Report on vaccination in the Province of Bengal - 1874-1889
Year: 1874
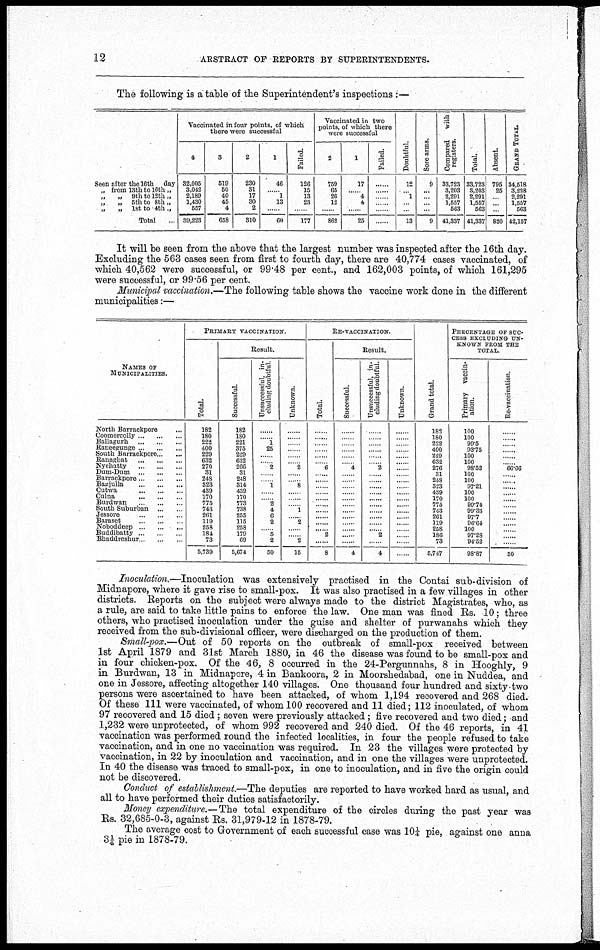
12
ARSTRACT OF REPORTS BY SUPERINTENDENTS.
The following is a table of the Superintendent's inspections :—
Seen after the 16th
day
„ from 13th to 16th „
„
„
9th to 12th „
„
„
6th to 8th „
„
„
1st to 4th „
Total...
Vaccinated in four points, of which
there were successful
4
32,005
3,042
2,189
1,430
557
39,223
3
519
50
40
45
4
658
2
230
31
17
30
2
310
1
46
......
1
13
......
60
Failed.
126
15
13
23
......
177
Vaccinated in two
points, of which there
were successful
2
759
65
26
12
......
862
1
17
......
4
4
...
25
Failed.
......
......
......
......
...
......
Doubtful.
12
... 1
...
...
13
Sore arms.
9
...
...
...
...
9
Compared
with
registers.
33,723
3,203
2,291
1,557
563
41,337
Total.
33,723
3,203
2,291
1,557
563
41,337
Absent.
795
25
...
...
...
820
GRAND TOTAL
34,518
3,228
2,291
1,557
563
42,157
It will be seen from the above that the largest number was inspected after the 16th day.
Excluding the 563 cases seen from first to fourth day, there are 40,774 cases vaccinated, of
which 40,562 were successful, or 99.48 per cent., and 162,003 points, of which 161,295
were successful, or 99.56 per cent.
Municipal vaccination.—The following table shows the vaccine work done in the different
municipalities:—
NAMES OF
MUNICIPALITIES.
North Barrackpore... ...
Coomercolly... ... ...
Ballagurh...
...
...
Raneegunge... ... ... ...
South Barrackpore... ...
Ranaghat...
...
...
Nyehatty
...
...
...
Dum-Dum...
...
...
Barrackpore...
...
...
Bagjulla...
...
...
Cutwa...
...
...
Culna...
...
...
...
Burdwan... ... ... ...
South Suburban ... ... ...
Jessore...
...
...
Baraset...
...
...
Noboddeep... ... ... ...
Buddibatty...
...
...
Bhaddreshur...
...
...
PRIMARY VACCINATION.
Total.
182
180
222
400
229
632
270
31
248
323
439
170
775
743
261
119
258
184
73
5,739
Result.
Successful.
182
180
221
375
229
632
266
31
248
314
439
170
773
738
255
115
258
179
69
5,674
Unsuccessful, in-
cluding doubtful
......
......
1
25
......
......
2
......
......
1
......
......
2
4
6
2
......
5
2
50
Unknown.
......
......
......
......
......
......
2
......
...... 8
......
......
......
1
......
2
......
......
2
15
RE-VACCINATION.
Total.
......
......
......
......
......
......
6
......
......
......
......
......
......
......
......
.........
......
2
......
8
Result.
Successful.
......
......
......
......
......
......
4
......
......
......
......
......
......
......
......
......
......
......
......
4
Unsuccessful, in-
cluding doubtful.
......
......
......
......
......
......
2
......
......
......
......
......
......
......
......
......
......
2
......
4
Unknown.
......
......
......
......
......
......
......
......
......
......
......
......
......
......
......
......
......
......
......
Grand total.
182
180
222
400
229
632
276
31
248
323
439
170
775
743
261
119
258
186
73
5,747
PERCENTAGE OF SUC-
---- EXCLUDING UN-
KNOWN FROM THE
TOTAL.
Primary vaccin-
ation.
100
100
99.5
93.75
100
100
98.52
100
100
97.21
100
100
99.74
99.33
97.7
96.64
100
97.28
94.52
98.87
Re-vaccination.
......
......
......
......
......
......
66.66
......
......
......
......
......
......
......
......
......
......
......
......
50
Inoculation.—Inoculation was extensively practised in the Contai sub-division of
Midnapore, where it gave rise to small-pox. It was also practised in a few villages in other
districts. Reports on the subject were always made to the district Magistrates, who, as
a rule, are said to take little pains to enforce the law. One man was fined Rs. 10; three
others, who practised inoculation under the guise and shelter of purwanahs which they
received from the sub-divisional officer, were discharged on the production of them.
Small-pox.—Out of 50 reports on the outbreak of small-pox received between
1st April 1879 and 31st March 1880, in 46 the disease was found to be small-pox and
in four chicken-pox. Of the 46, 8 occurred in the 24-Pergunnahs, 8 in Hooghly, 9
in Burdwan, 13 in Midnapore, 4 in Bankoora, 2 in Moorshedabad, one in Nuddea, and
one in Jessore, affecting altogether 140 villages. One thousand four hundred and sixty-two
persons were ascertained to have been attacked, of whom 1,194 recovered and 268 died.
Of these 111 were vaccinated, of whom 100 recovered and 11 died; 112 inoculated, of whom
97 recovered and 15 died ; seven were previously attacked; five recovered and two died; and
1,232 were unprotected, of whom 992 recovered and 240 died. Of the 46 reports, in 41
vaccination was performed round the infected localities, in four the people refused to take
vaccination, and in one no vaccination was required. In 23 the villages were protected by
vaccination, in 22 by inoculation and vaccination, and in one the villages were unprotected.
In 40 the disease was traced to small-pox, in one to inoculation, and in five the origin could
not be discovered.
Conduct of establishment.—The deputies are reported to have worked hard as usual, and
all to have performed their duties satisfactorily.
Money expenditure.—The total expenditure of the circles during the past year was
Rs. 32,685-0-3, against Rs. 31,979-12 in 1878-79.
The average cost to Government of each successful case was 10¼ pie, against one anna
3¼ pie in 1878-79.